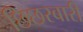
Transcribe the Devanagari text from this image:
छिछरबारी